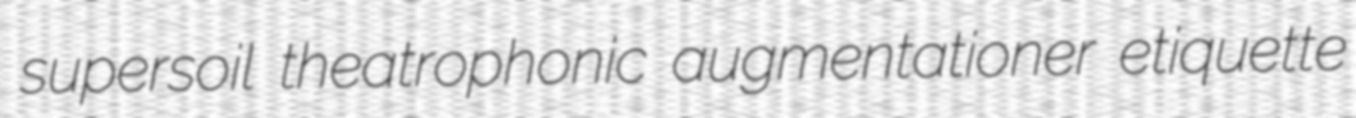
supersoil theatrophonic augmentationer etiquette